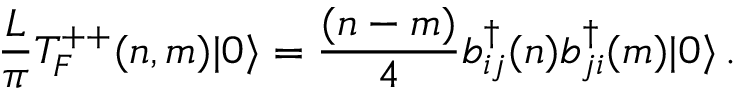
\frac { L } { \pi } T _ { F } ^ { + + } ( n , m ) | 0 \rangle = { \frac { ( n - m ) } { 4 } } b _ { i j } ^ { \dagger } ( n ) b _ { j i } ^ { \dagger } ( m ) | 0 \rangle \, .